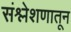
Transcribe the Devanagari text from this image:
संश्लेशणातून